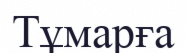
Тұмарға